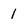
Character: I